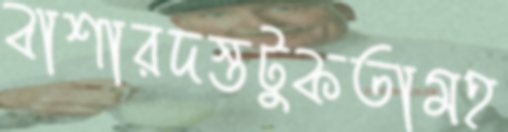
বাশারদস্তটুকতামহ